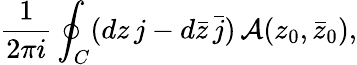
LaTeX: \frac{1}{2\pi i}\oint_{C}(dz\, j-d\bar{z}\, \bar{j})\, {\cal A}(z_{0},\bar{z}_{0}),